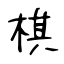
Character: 棋